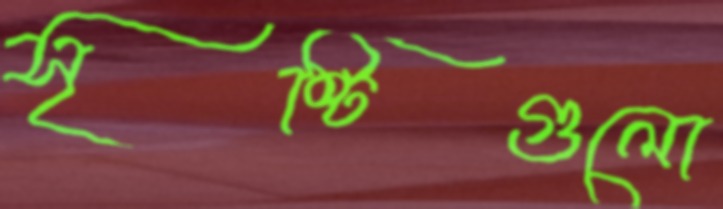
সৃষ্টিগুলো